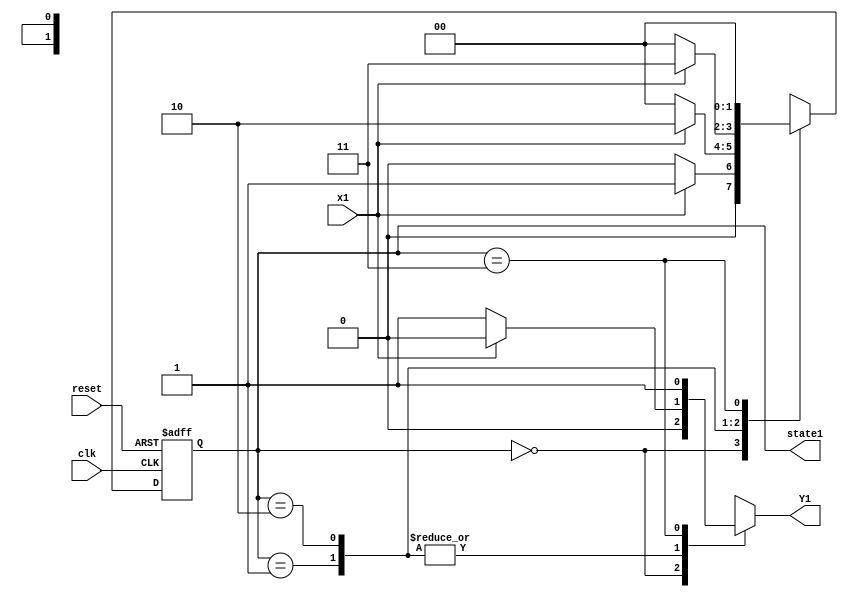
`timescale 1 ns/10 ps

module S1 (output reg Y1, output reg [1:0] state1,
          input wire clk, reset, x1);
  
   reg [1:0]         current_state, next_state;
  
   parameter state00 = 2'b00;
   parameter state01 = 2'b01;
   parameter state10 = 2'b10;
   parameter state11 = 2'b11;
   // *********************************
   // Memory block
   // ********************************
   always @ (posedge clk or negedge reset)
     begin: STATE_MEMORY
        if (!reset)
          current_state <= state00;
        else
          current_state <= next_state;
     end
   // ********************************
   // Next State
   // ********************************
   always @ (current_state or x1)
     begin: NEXT_STATE_LOGIC
        case (current_state)
          state00: 
            if (x1 == 1'b1)
            next_state = state01;
          else
            next_state = state00;
          state01: 
            if (x1 == 1'b1)
            next_state = state10;
          else
            next_state = state00;
          state10: 
            if (x1 == 1'b1)
            next_state = state11;
          else
            next_state = state00;
          state11:
             next_state = state00;
          default: next_state = state00;
        endcase // case (current_state)
     end 
   // ********************************
   // Output Logic
   // ********************************
   always @ (current_state or x1)
     begin : OUTPUT_LOGIC
        case (current_state)
          state00:
              Y1 = 1'b0;
          state01:
            if (x1 == 1'b0)
              Y1 = 1'b1;
            else
              Y1 = 1'b0;
          state10:
            if (x1 == 1'b0)
              Y1 = 1'b1;
            else
              Y1 = 1'b0;
          state11:
              Y1= 1'b1;
          default: Y1 = 1'b0;
        endcase // case (current_state)
     end
   
   always @ (current_state or x1)
     begin
        state1 = current_state;
     end 

endmodule // S1